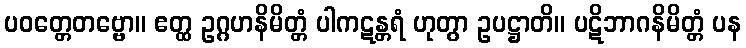
ပဝတ္တေတဗ္ဗော။ ဧတ္ထ ဥဂ္ဂဟနိမိတ္တံ ပါကဋန္တရံ ဟုတွာ ဥပဋ္ဌာတိ။ ပဋိဘာဂနိမိတ္တံ ပန